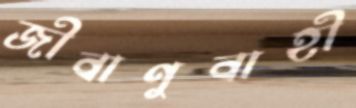
জীবাণুবাহী